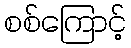
စစ်ကြောင့်